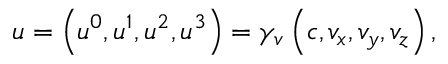
u = \left( u ^ { 0 } , u ^ { 1 } , u ^ { 2 } , u ^ { 3 } \right) = \gamma _ { v } \left( c , v _ { x } , v _ { y } , v _ { z } \right) ,